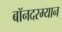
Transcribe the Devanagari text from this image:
बॉनदरम्यान